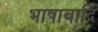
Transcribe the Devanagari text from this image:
भाषावादि